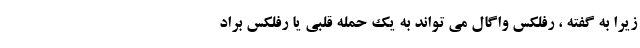
زیرا به گفته ، رفلکس واگال می تواند به یک حمله قلبی یا رفلکس براد